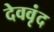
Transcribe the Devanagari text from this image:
देववृंद